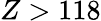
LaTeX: Z>118